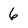
Character: 6